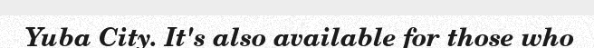
Yuba City. It's also available for those who